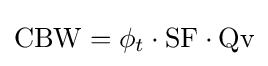
{\text{CBW}}=\phi _{t}\cdot {\text{SF}}\cdot {\text{Qv}}